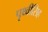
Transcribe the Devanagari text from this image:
पृथ्वीसिह